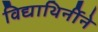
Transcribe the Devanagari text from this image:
विद्याथिर्नीने